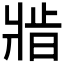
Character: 𬌆